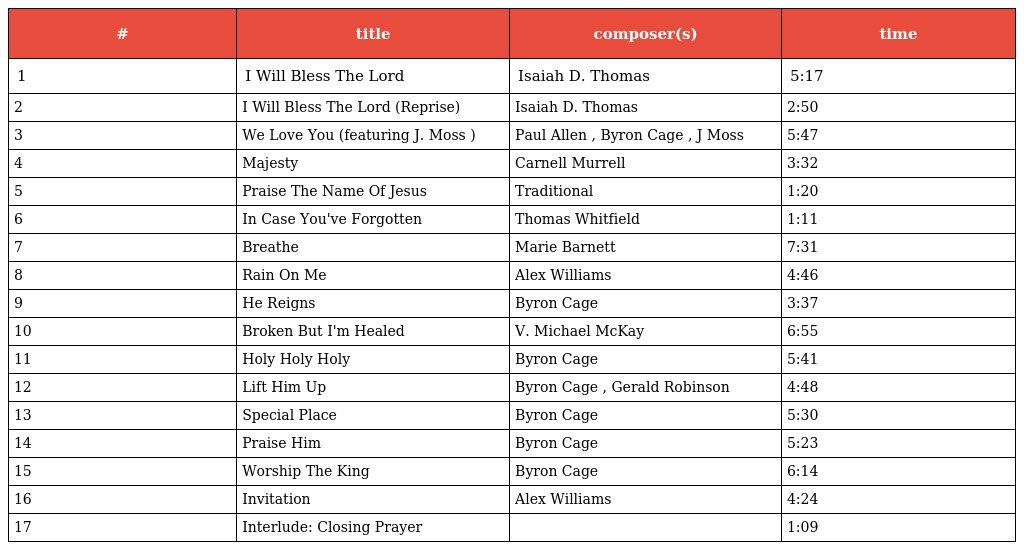
| # | title | composer(s) | time |
 | --- | --- | --- | --- |
 | 1 | I Will Bless The Lord | Isaiah D. Thomas | 5:17 |
 | 2 | I Will Bless The Lord (Reprise) | Isaiah D. Thomas | 2:50 |
 | 3 | We Love You (featuring J. Moss ) | Paul Allen , Byron Cage , J Moss | 5:47 |
 | 4 | Majesty | Carnell Murrell | 3:32 |
 | 5 | Praise The Name Of Jesus | Traditional | 1:20 |
 | 6 | In Case You've Forgotten | Thomas Whitfield | 1:11 |
 | 7 | Breathe | Marie Barnett | 7:31 |
 | 8 | Rain On Me | Alex Williams | 4:46 |
 | 9 | He Reigns | Byron Cage | 3:37 |
 | 10 | Broken But I'm Healed | V. Michael McKay | 6:55 |
 | 11 | Holy Holy Holy | Byron Cage | 5:41 |
 | 12 | Lift Him Up | Byron Cage , Gerald Robinson | 4:48 |
 | 13 | Special Place | Byron Cage | 5:30 |
 | 14 | Praise Him | Byron Cage | 5:23 |
 | 15 | Worship The King | Byron Cage | 6:14 |
 | 16 | Invitation | Alex Williams | 4:24 |
 | 17 | Interlude: Closing Prayer |  | 1:09 |